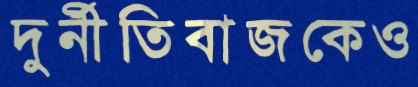
দুর্নীতিবাজকেও